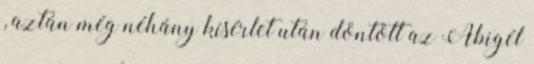
, aztán még néhány kísérlet után döntött az Abigél